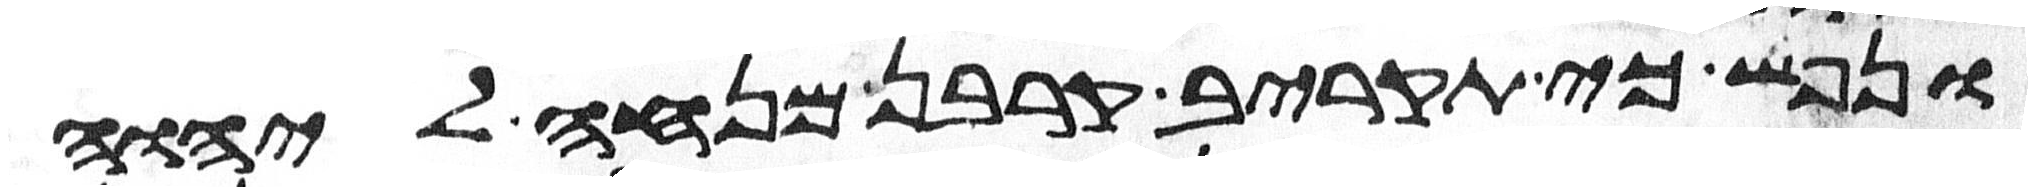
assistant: ונפש כי תקריב קרבן מנחה ליהוה